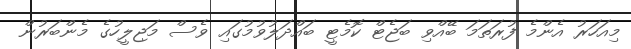
މިއަހަރު އެންމެ ފުރަތަމަ ބޭއްވި ބަޖެޓް ކޮމެޓީ ބައްދަލުވުމުގައި ވެސް މަޖިލީހުގެ މެންބަރުން